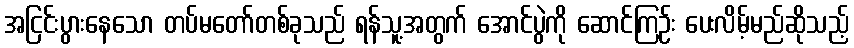
အငြင်းပွားနေသော တပ်မတော်တစ်ခုသည် ရန်သူ့အတွက် အောင်ပွဲကို ဆောင်ကြဉ်း ပေးလိမ့်မည်ဆိုသည့်